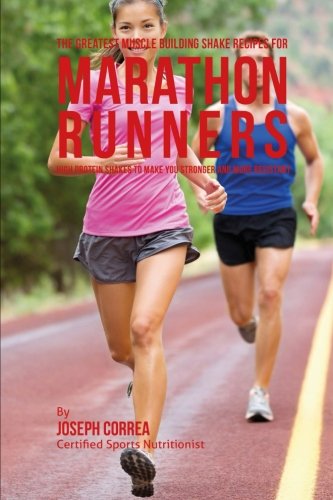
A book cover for The Greatest Muscle Building Shake Recipes for Marathon Runners: High Protein Shakes to Make You Stronger and More Resistant; Joseph Correa (Certified Sports Nutritionist); Sports & Outdoors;